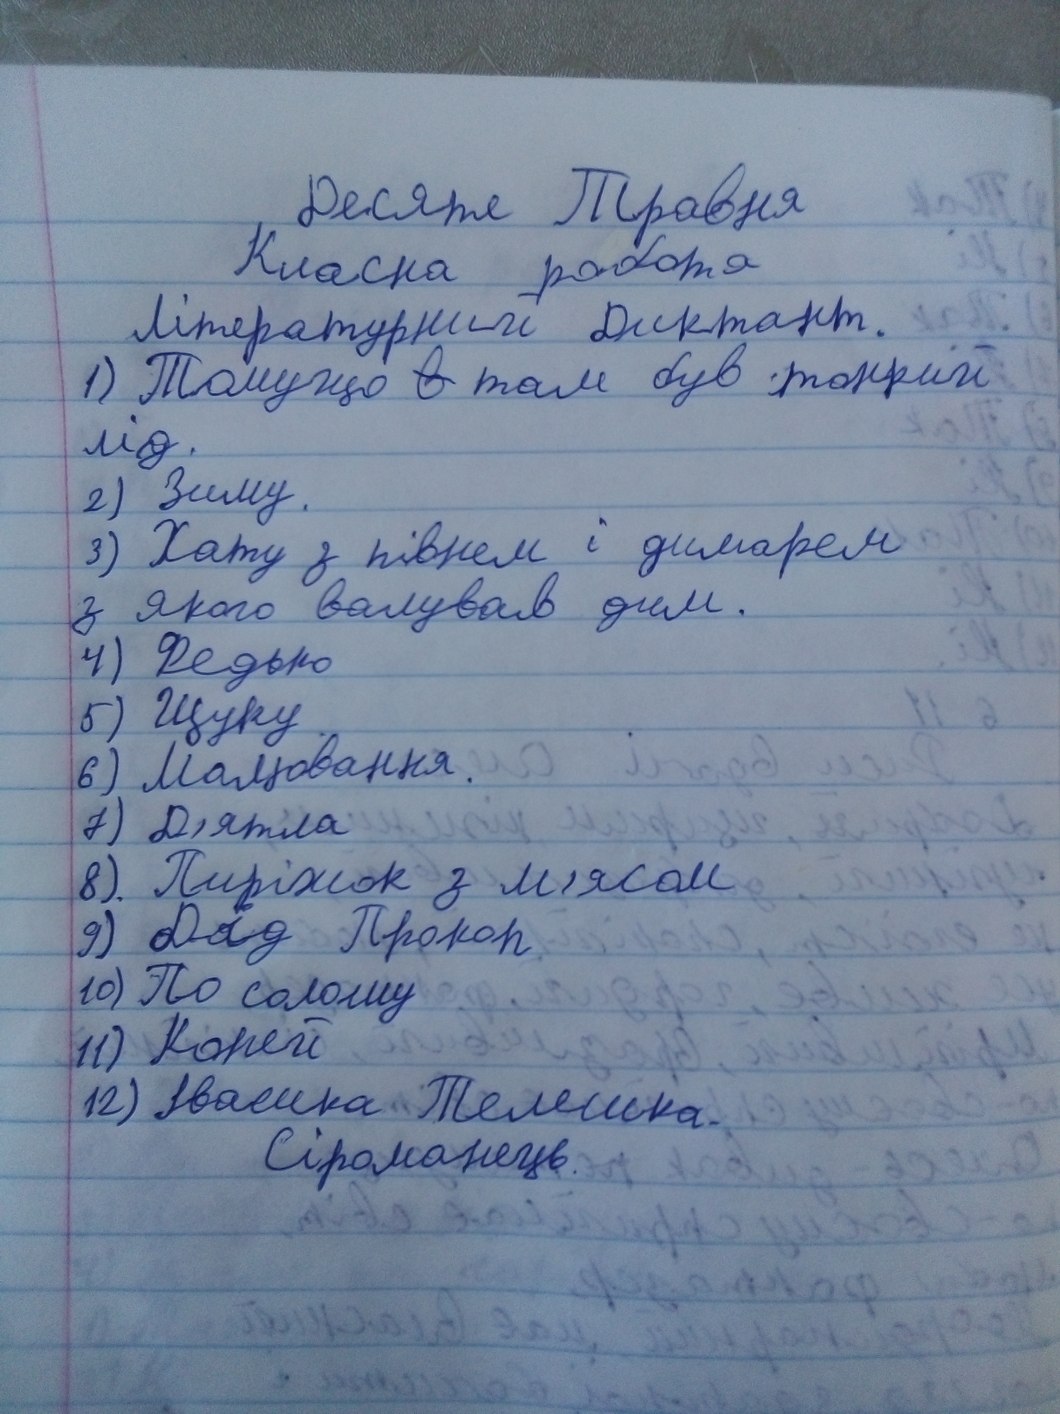
Десяте Травня
Класна робота
Літературний диктант.
1) Томущо --в-- там був тонкий
лід.
2) Зиму.
3) Хату з півнем і димарем
з якого валував дим.
4) Федько
б) Щуку
6) Малювання.
7) Д'ятла
8) Пиріжок з м'ясом
9) Дід Прокоп
10) По солому
11) Коней
12) Івасика Телесика.
Сіроманець.